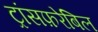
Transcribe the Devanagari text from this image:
ट्रांसफ़रेबिल